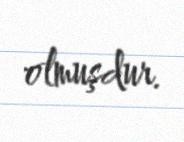
olmuşdur.